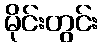
မိုင်းတွင်း